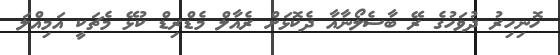
ހޮނިހިރު ދުވަހުގެ ރޭ ބާސެލޯނާއާ ދެކޮޅަށް ރެއާލް މެޑްރިޑް ކުޅޭ މެޗަކީ އަމިއްލަ